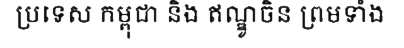
ប្រទេស កម្ពុជា និង ឥណ្ឌូចិន ព្រមទាំង